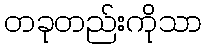
တခုတည်းကိုသာ